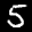
Label: 5